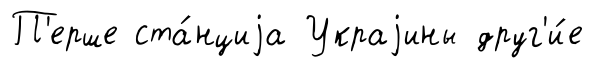
П'ерше ста́нциjа Украjины друг'и́е